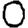
Digit: 0